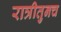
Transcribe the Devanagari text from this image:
रात्रीतुनच